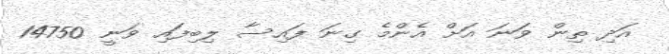
އަދި ތިން ވަނަ އަށް އެންމެ ގިނަ ފައިސާ ލިބިފައި ވަނީ 14750